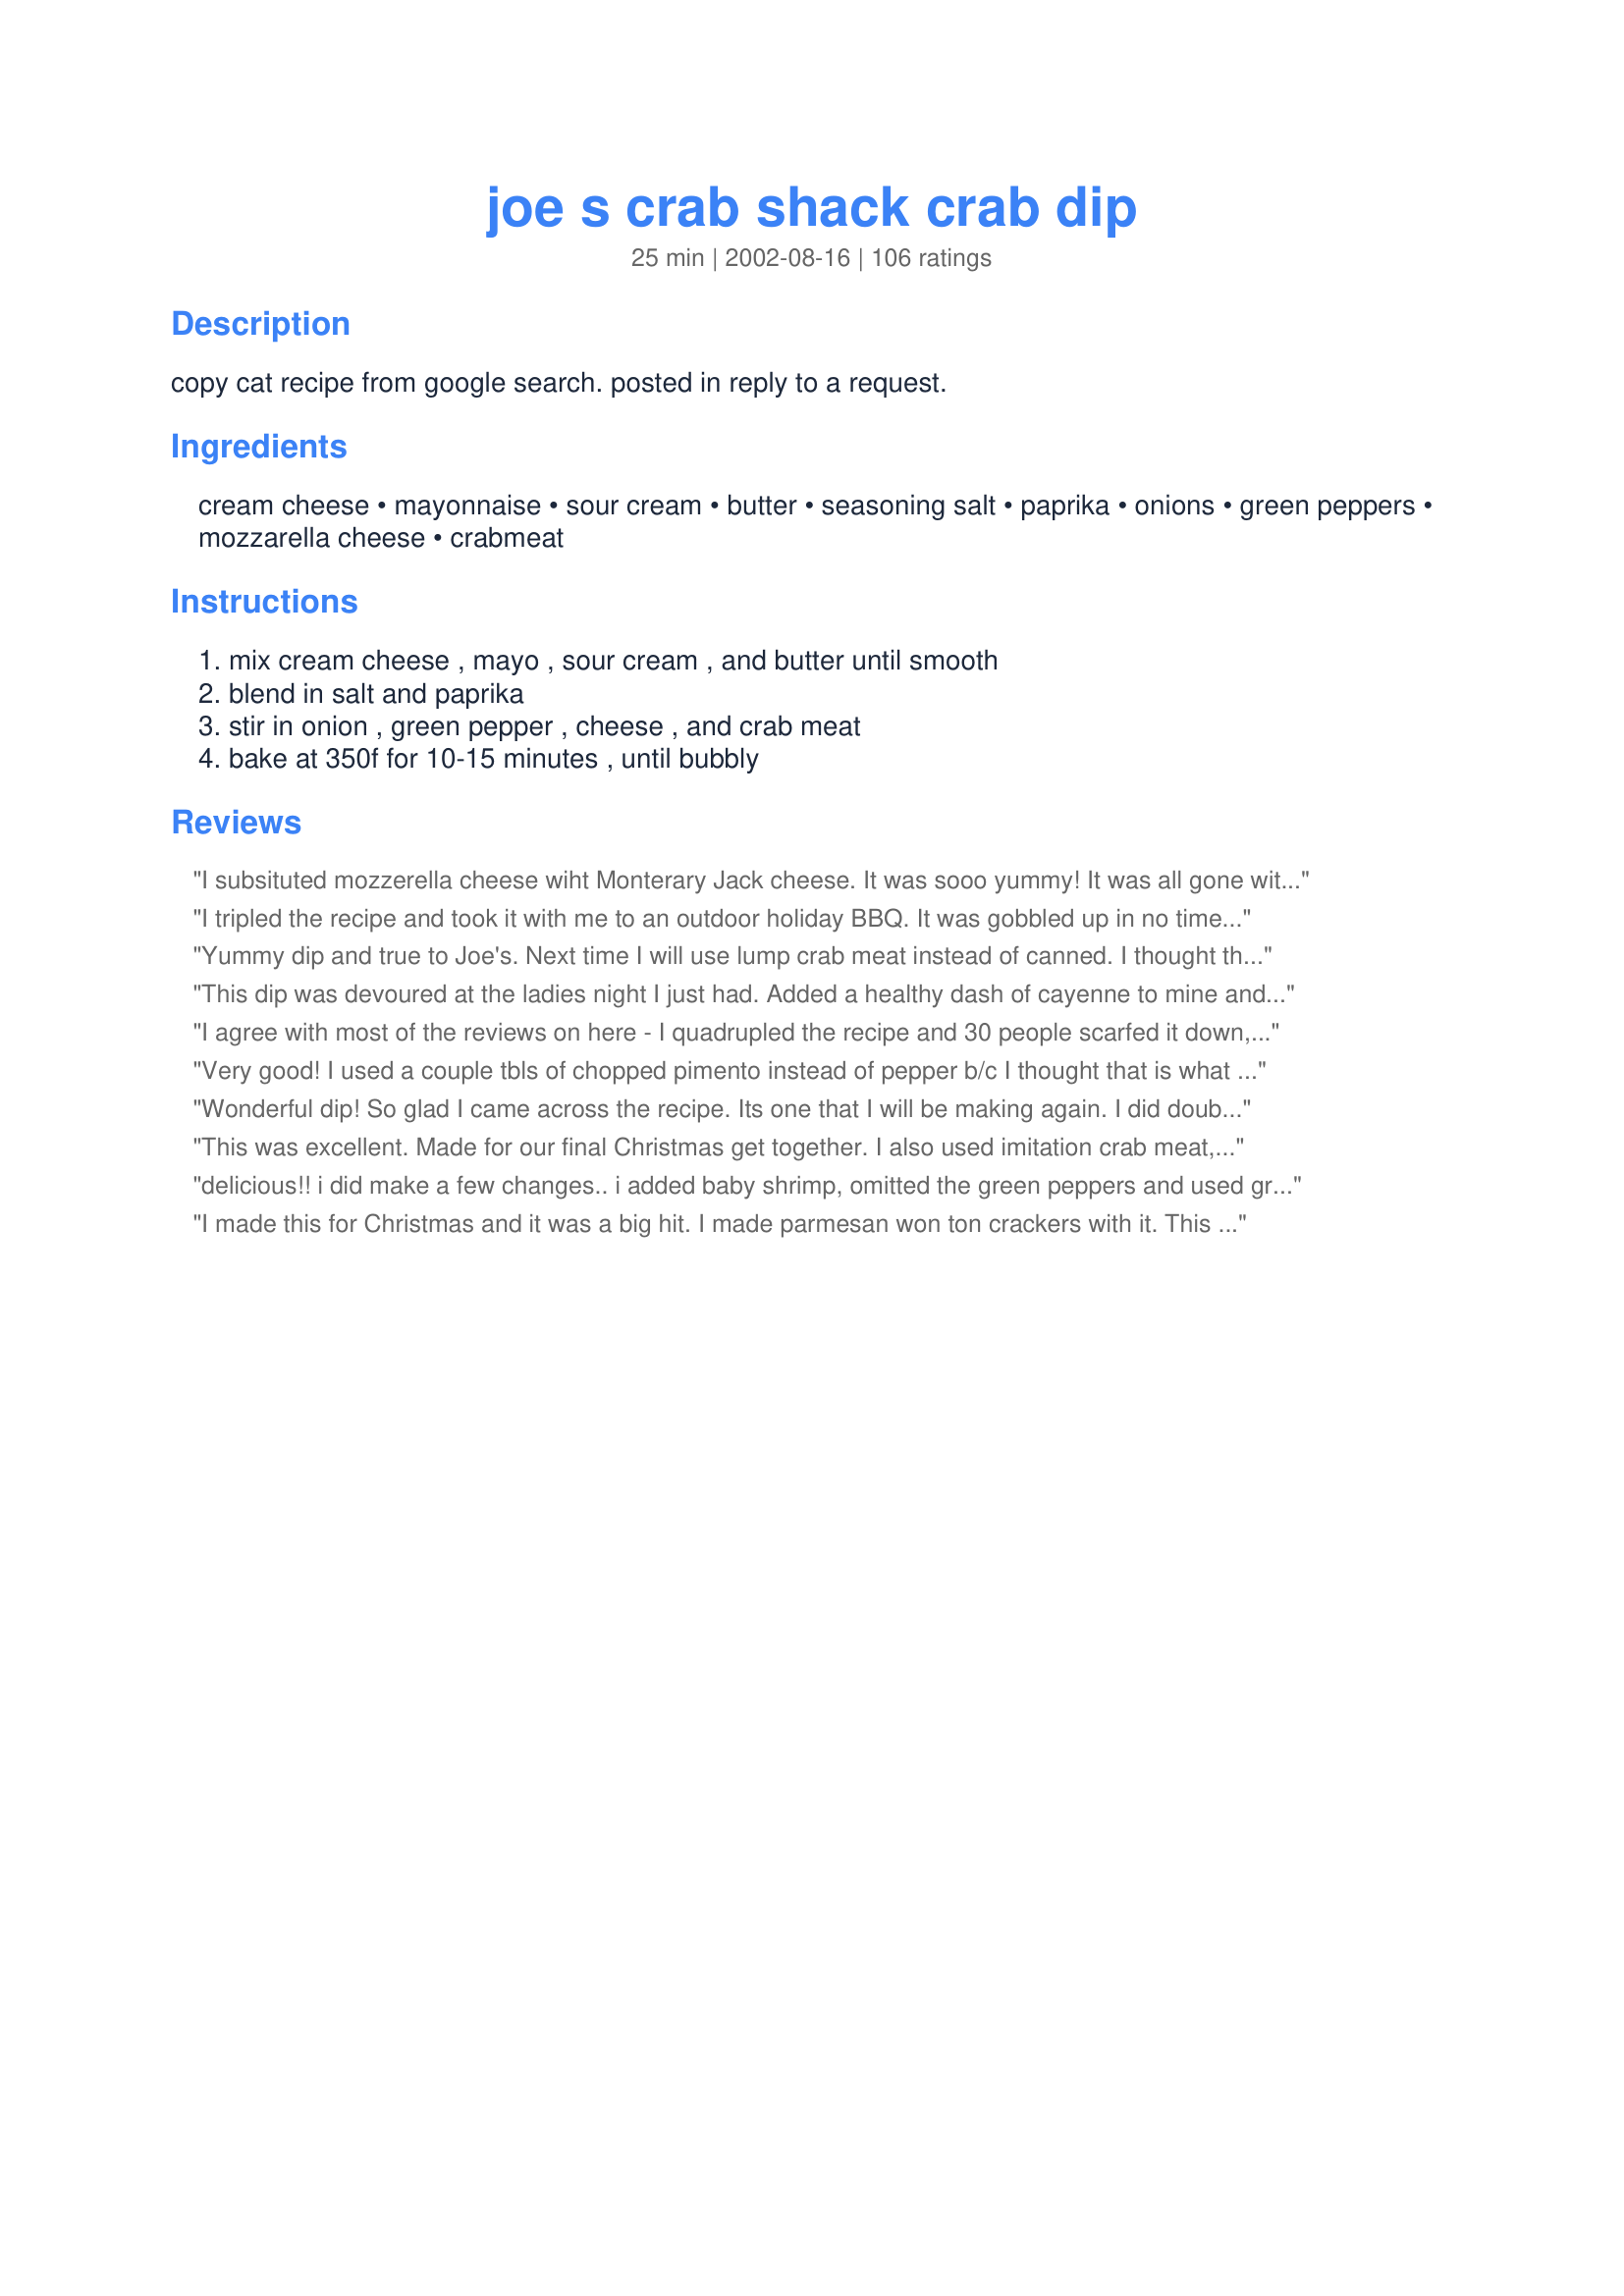
joe s crab shack crab dip
Preparation time: 25 minutes

copy cat recipe from google search. posted in reply to a request.

Ingredients:
cream cheese, mayonnaise, sour cream, butter, seasoning salt, paprika, onions, green peppers, mozzarella cheese, crabmeat

Steps:
mix cream cheese , mayo , sour cream , and butter until smooth, blend in salt and paprika, stir in onion , green pepper , cheese , and crab meat, bake at 350f for 10-15 minutes , until bubbly

Reviews:
I subsituted mozzerella cheese wiht Monterary Jack cheese. It was sooo yummy! It was all gone with in minutes!
I tripled the recipe and took it with me to an outdoor holiday BBQ. It was gobbled up in no time! This truly was the hit of the day. I cannot cook seafood without adding lemon juice. I used about a couple of teaspoons per recipe. The jalapenos instead of green peppers was a nice touch. Will make this again, and often.
Yummy dip and true to Joe's. Next time I will use lump crab meat instead of canned. I thought the canned meat kinda "got lost" in the dip.
This dip was devoured at the ladies night I just had. Added a healthy dash of cayenne to mine and everyone just loved it and used lite (not fat free!!!) cream cheese and sour cream and it turned out wonderfully.
I agree with most of the reviews on here - I quadrupled the recipe and 30 people scarfed it down, practically licking the pie pan. Although - quadrupling the recipe insisted on 60 minutes cooking time. But, was certainly worth it!!
Very good! I used a couple tbls of chopped pimento instead of pepper b/c I thought that is what was in joe's dip. Tasted really good!
Wonderful dip! So glad I came across the recipe. Its one that I will be making again. I did double the recipe cause I had more crabmeat than 6oz. It didn't hurt nothing, it still was really good. Thanks for sharing the recipe!
This was excellent. Made for our final Christmas get together. I also used imitation crab meat, but who could tell. Thanks for a wonderful recipe.
delicious!! i did make a few changes.. i added baby shrimp, omitted the green peppers and used green onions instead of regular ones. was incredible! thanks for the great recipe!
I made this for Christmas and it was a big hit. I made parmesan won ton crackers with it. This is a definite make again treat.
one word yum
this was really easy to make. I made it for christmas and it didn't get eaten very much tho'. I think the flavor was a bit bland for us. I'll try to incr the seasonings next time.
This dip is very good. I used an 8oz container of fresh backfin crab meat and followed the rest of the recipe exactly. Great base recipe! I may toy with it and add either hot sauce, or jalapenos, or worcestershire, or.......but as for an easy and tasty base? This one is it. Thanks for sharing!
This was wonderful! I omitted the seasoned salt and added cayenne pepper and some Cajun spices, YUMMY! Thanks Mean Chef!
I've never been to Joe's Crab Shack, but this dip was very good. I have to admit, I used leftover crumbly crab cakes instead of canned crab and it still tasted great! Thank you for helping me save my ruined crab cakes! I will definitely make this again.
I wanted a little extra zip, so I added 2tsp of old bay seasoning.
This recipe is delicious and easy to make. The baking time was a little difficult to calculate because I had to quadruple the recipe for my large party of guests. 15 minutes was nowhere near ready; a half hour in deep dish crisped the top while the center was undone. Recommend a shallow baker to heat, then transfer for large amounts.
great flavor, I added jalapeno instead too and sprinkled with cayenne pepper. was great, only thing, like tuna you dont just drain it, you must squeeze the juice out, because when it heats up, it's kinda soupy. but what great flavor
Real good I use lobster and crab I also do half chedder makes it creamy . being from maine and a lobsterman it&#039;s easy to bring home dinner
I haven't had Joe's Crab Dip, but this was very good. I doubled the recipe and it still wasn't enough. I, like SuperG, may omit the butter the next time.
Somehow, I've managed to forget to rate this, though I've made it a number of times. I live very close to Joe's Crab Shack, and after a craving hit one night, a friend and I searched for a recipe. We landed on this one and boy was it lucky we did!!! This is a fantastic dip - very, very close to the original, extremely tasty, and super easy to make. Thanks for posting!!!
it may taste okay, but there is very little crab in this, and a whole lot of calories. I could not taste the crab :(
Wow- this recipe is great! It tastes wonderful and my pet crabs gobbled it all up. I threw in slightly less than a half teaspoon of cayenne and and some chopped chives on top of the finished dish for presentation. Will be making this again.
This was delish, and a great dip for anything from veggies to chips to a spread for crackers or bread. I took it down one star only because it was a bit too salty for my taste. Since the crab is naturally salty, I think that next time, I will omit the seasoned salt and add the same measurement of black pepper, which would also spice it up a bit. I also added a few dashes of hot sauce, but I do prefer a bit of a bite in most foods that I eat. This recipe is wonderful when served warm, out of the oven; however, it is also good, when served chilled! Thanks for sharing!
I doubled the recipe for four people and it was inhaled!!!! My neighbor and I started eating it before our husbands got inside and they complained we didn't leave them enough. I did use jalapenos instead of green peppers.
This was delicious! Instead of green pepper, I used two pepperoncini peppers. I also substitute onion with 1 tsp onion powder. Very easy and taste great!
Easy to prepare and good to eat! I used green onion instead of peppers (personal preference) and we liked that it was a warm dip.
Great low carb dip if you use pork rein chips for dipping.
This was really good! I did make it a bit more diet friendly by omitting the butter and using part skim mozzarella. It still tasted like a nice creamy indulgence though. I'm not the hugest fan of green peppers so next time I think I will try another reviewer's suggestion to use jalepeno instead, or perhaps just some hot sauce. Mine did take longer than directed in the oven, but I'm sure it was because all of my ingredients were straight out of the fridge.
this is THE BEST crab dip! served it for christmas eve and everyone ate it all up!
YUM! I don't know if this compares to Joe's CrabShack (never been there) But it was a big hit on New Year's. I did add a dash of horseradish, because I didn't have any green peppers. Very good!
This was really good and quite easy to make. I added a wee bit more paprika and a little pepper. I was planning to garnish it with chives but forgot. Next time! I wasn't going to add the green pepper but I did and it was good. I'll be making this again.
My taste buds are stirring up memories of eating this delicious dip. My girlfriend and I and our company thought this dip was out of this world good! We served them with tortilla chips on the side and everyone dipped till their hearts were content, including me! Thanks. Mike
Seemed bland, maybe missing something.
This made a good base for a dip, but needed something to zip it up a bit. We added garlic powder, pepper flakes, and hot sauce. The taste of the crab still came through.
Great appetizer. I had a few crackers with dip but DH ate almost all of it.
While my DH would probably rate this higher...I didn't care for it. While it was easy and quick, it just isn't what I think of when I think of crab dip.
Pretty darned good!!! My man made for thanksgivin app this year. he used green onions, added some jalapenos, used whipped cream cheese as that is all we had, and didn't use mozz cheeese but used a mix of swiss, mexican, and cheddar. YUMMY!!!
I doubled the recipe, omitted green pepper and added some cayenne pepper as suggested. Served with small round tortilla chips. It disappeared quickly. Everyone demanded the recipe.
This was very addictive and a big hit at a family party. Will definitely make again.
Wow! I really love this dip! I used double the amount of minced onions and peppers. I also used red peppers for taste preference. Homemade tortilla chips rounded off the dip. Thanks for posting!
I've eaten at Joe's Crab Shack before, and I think this recipe is the SAME as theirs. I make this recipe the same, but add a little extra mozzarella because I love cheese. Other than that, this dip is perfect!
I have ate at joes stone crab before but I don't remember ordering this dip...was a big hit at my family sunday dinner.
Very yummy! Instead of seasoning salt, I used 1 tsp. Old Bay Seasoning. We enjoyed this dip a lot!
I made this tonight as an appetizer for my family they devoured it, it was AMAZING!!! Will definately make it again, I made a double batch and the only thing I did different was use cheddar cheese instead of mozzarella but that is only because I forgot to pick up the mozzarella at the store. Next time will use it but either way was very very good. Thanks for sharing.
This recipe got such stellar reviews I was eager to try. And for me it fell short. The flavors were kind of one note I think it needs a little heat. I think I will try it the same way but add some jalapenos, maybe its because I from New Orleans and I like my food Cajun and spicy. But nonetheless and easy tasty recipe.
If you love crab dip, or need an easy but delish appetizer dish, this is it. Nearly foolproof. Tastes great! I like it warm--not too sure what to do with it after it cools.
excellent crab dip! I use green onion, a little cayanne pepper along with lawry's seasoning salt and I make this when ever we have alaskan King crab legs. I just put about 2 cups aside, double your recipe and yum, yum, yum!
The dip was really good- I doubled the recipe for a large crowd. With the leftovers I added some mexican diced tomatoes and a bit of crab boil to add a kick. Awesome!
Good but not good enough to make again. I doubled the recipe which made 4 cups of dip. Out of 4 adults 3 thought it was just OK and the other really liked it. In order to zing it up a bit I added half of a finely diced jalapeno and some old bay as suggested by other reviews, but it still just didn't 'do it' for us.
VERY GOOD!! I doubled the recipe and added some garlic powder (can't do without it) to it. I brought it to a picnic on the 4th. You do not need to grease the pan or bowl, I used a glass pie pan. I will make again. 
Thanks
this dip is amazing! one of my favorites.. only thing i did differently was add another cup of mozzarella cheese.. mmhhhhmm. goooood!!!!
This was excellent. I added a dash of cayenne pepper and served it with Homemade Baked Tortialla Chips (#124908) which were also a big hit. I used imitation crab meat because that was all I had on hand and it was still good. I'm sure it would be even better with real crab meat.
This dip was a huge hit at my "pre-Thanksgiving get-together". Everyone raved about it and I've been asked to make it for my SIL's baby shower. I served it with toasted italian bread pieces brushed with garlic and butter. But, even when we ran out of bread, it tasted just as good on Ritz crackers. YUMMY!!! Thanks for such a great recipe!
Love that previous review by wittlebit83--I couldn&#039;t stop laughing... Well since it was inhaled, I guess I should try this....LOL......
This recipe is good, but if you substitute diced pickled jalapeno peppers for the green peppers it tastes much better, and gives it a little more bite. Also try adding a bit of sriracha to the mix, mmmmm.
Well this was okay but not great. I used really good crab but did not blow me away. I did not use the bell pepper because of personal preference; maybe I should have used some chilies.
Delicious! I substituted jalapeno pepper for bell pepper, also sprinkled cayenne over top before baking. Thanks so much for posting!
This crab dip is amazing. I have made it a few times now and I always double it. It's good as leftovers also. As previously noted, some cayenne pepper is a very nice touch.
This was very good, and went over very well at a recent party we had. I used an 8 oz container of phillips crab meat. I thought the flavor balance between crab and spices was great. I used Old Bay seasoning and added a little extra sour cream and mayo (both low fat) to cover for the extra crab meat. We will definitely add this to our list of party appetizers.
I've never eaten at Joe's Crab Shack, so I can't say if this recipe replicates their crab dip. But I CAN say that this was very tasty!! I love a warm crab dip, and this one was just what I was hungry for. I even had all the ingredients on hand except the green peppers, for which I substituted a much smaller amount of diced jalapeno, which added a slightly hot flavor which I enjoyed. I did have to use imitation crab, as this was all I had. My husband commented that this tasted pretty good cold, too... but I ate mine bubbly warm!
My family could not get enough of this. I will be making this many more times.
Yummy! I doubled this for a dinner party and still should have made more. It was the first thing to go. Great recipe!
Made a half a recipe & had to make in microwave since my oven just stopped working. Came out fantastic. The only change was I used a cajun seasoning instead of the seasoned salt so it added a little heat.
Absolutely delicious! Since real crab is outrageously expensive up here, I used the imitation stuff & Mrs. Dash seasoning instead of salt. I served it with a variety of crackers at my annual pool party/BBQ & it was enjoyed by all my guests. Thanx Papergoddess!
Another rave review!This was a hit at my Christmas party...thank you for sharing!
This was good! I have had better crab dip, but this was good. I will probably make again since it was so easy, but I don't think i would make it to take to any events. Sorry it's just my opinion.
All I can say is I can't be making this too often I kept trying to hide it in the fridge so nobody could find it, I had almost all of it!
I made this around Thanksgiving with the following changes based on other reviews and what I had on-hand: 3 tsp. jalapeno instead of bell pepper, cayenne, chives instead of onion, and 1 tsp. Old Bay Seasoning, and shredded cheese blend. It was yummy!
Took a triple batch of this to a New Years Eve party. They gobbled it up!! I made it according to your instructions except for not having seasoning salt so I substituted Old Bay (which is plenty salty). Also - I spread it in a pie plate so it wasn't very thick but still baked it for about 25 minutes because it was a larger batch. This was extremely good and we'll be making it again! Thanks for sharing.
I made this for DH and myself this afternoon and it's a winner!
I just made this for my company;s potluck party. Everybody loved and raved about this. I substituted old bay for seasoning salt and green bell peppers. I also doubled the recipe and increased the baking time to 20-25 minutes. Thanks for this great recipe.
Sorry for the delay in review, made this New Year's eve 2003!! It is wonderful! Used finely chopped green onions, omitted green peppers and added dash of hot sauce. This is definitely an addition to my appetizer recipes! Thank you!
I too substituted cayenne pepper for the paprika and added not only finely chopped onions, but chopped green onions. The only thing wrong with this recipe is there isn't enough, I would suggest doubling it.
I loved this, we all did, but I'm the one who kept gravitating to the dish. It was easy to prepare and I loved the flavor of it. Thank you so much for posting this, I will make this often for parties and such.
This was delicious! I made it for the annual Christmas Eve gathering with my in-laws. My husband couldn't stay away from it!
I made this for a sunday afternoon block barbeque, everyone raved about it! I did add a couple dashes of cayanne pepper and some minced jalapeno for some extra kick.
Really good and easy appetizer. I replaced the green pepper with red and yellow pepper (I don't like the green pepper) but added a substantial amount of cayenne pepper for some heat. I also used smoked paprika because its what I had and it really added a delicious smokey flavor. Definitely try it out!
We made this with Bumble Bee Brand Canned crab meat and L-O-V-E-D it.
It was a great appetizer for our Christmas table and we followed the recipe to the letter ... Thanks !
Yum Yum Yum...this was great! I left out the green pepper because I forgot to buy one, and it was still wonderful! Thanks for a great copycat recipe!
excellent!!! I am making this for the third time this week!!! It's amazing!
I must admit I did a number on this recipe and it was still fantastic! I had most of the ingredients but not all. I used dried onions in place of fresh minced. I use frozen peppers, Velveeta instead of mozzarella (leftover from making They Could Be Sliders)and I used imitation crab. Then, I heated it all in the only thing available to me at the time, the microwave! It was delicious all the same. I look forward to finishing that which we just made and even more I look foreword to trying it again with all the right ingredients. Thanks for this recipe!
This is a great recipe! I used green onions. A real keeper!
Made as part of the goodies served for a card party. &quot;Now I saw it. - Then it was gone&quot;! It was enjoyed by all. Even had to make copies of the recipe. I did make it with 2 cans of crab meat. Otherwise I followed the recipe. It was the best Crab Dip I have tried. Thank you for a keeper.
Mean Chef did it again!! I'm not a seafood lover but even I liked it. Will be making for the Daytona race and probably a lot more.
Made this for a dinner with friends, and while it was good, my husband and friends enjoyed it more.. I had to make 2 helpings and i was gone in no time! So easy and a quick idea for bbq's! might try jalapenos for an extra kick next time!
Thanks for sharing, we put crab pots out yesterday and have tons of crab ~ this is very good!!!
I found this a little bland. I added some chili sauce and worstershire sauce and it perked it up.
OMG! This recipe is also posted by Meanchef (recipe # 37445) All I can say is unbelievable! I didn't have peppers and left out the salt (not a salt person) Ate all by myself! OK! This is a keeper forever! Thanks for posting!
Absolutely delicious! I made this for a girls night get-together and the 6 of us wiped this out in no time. AND I had doubled the recipe!
this was a hit at our house the kids and my husdand love it thanks for sharing
I have never eaten at Joe's but I have to say this dip is AMAZING!! Thank you~
It came out wonderful and was really easy to make! Ed
Wow! This turned out just as I had hoped. Creamy, cheezy and full of good crab flavor. I substituted old bay seasoning for the seasoned salt, and green onions for the green peppers. It was a huge hit! my DH raved about it and can't wait for me to make it again. Thanks for the great recipe!
I don't really cook dinner on Fridays. Kids have their pizza night, and I usually make some kind of snack. Since my husband works nights, I decided to try something he would never eat. He is not much into seafood. But I love the stuff! So I decided to try this dip. In my opinion, it doesn't taste much like Joe's Crab Shack's dip, however, I think it tastes better! It's easy to make and tastes delicious on any of your favorite crackers. John (10) and Andrea (9) helped me eat it, and they loved it too!
I have to say, out of 6 of us, only my youngest and I eat any seafood. when I make crab, I make alot...on purpose! I spend a good hour after dinner cleaning crab legs to save the meat. I have made this a good dozen times and it is tremendous. The only changes I made were cheddar for mozzerella and a couple dashes of hot sauce....just a personal preference. It also freezes well, put in individual baggies shaped like the dip bowl all I do is take it out and cook it. Thanks for this recipe!
Fantastic! Omitted the butter, saw no need for the extra fat. Used only two teaspoons of minced onions but added another two teaspoons of minced green onions. Left in my mini crockpot until ready to serve. Will definitely make again.
I made this dip for a thanksgiving app and everyone loved it. My brother in law ate so much of it he was full come dinner! I tripled the recipe so there was enough for everyone. I am making it again tonight for a christmas get together. This will be my new dish to take to parties. Thanks!
This dip is delicious! I have fixed it twice for my husband and me and both times it was gone in very little time! The second time I used green onions and about 3 tsp. of jalapeno instead of the grn pepper and it really enhanced the flavor. Thanks for sharing this recipe!
I threw this together for an impromptu get-together. Everyone really enjoyed it, and the bowl emptied in minutes. While preparing this, I realized that I didn't have a green pepper on hand. I omitted it from the recipe, but added a dash (or two) of cayenne pepper to the mix. I also used green onion (and a little more than the 4 tsps) instead of regular diced onion. I was distracted and left it in the oven a bit longer, but it didn't affect the taste or texture. Great dip to be added to my regular rotation of quick appetizers and snacks.
Excellent! Went out and bought King Crab used a small leg for the dip. If you are a sea food fan this is a must.
While this dip was tasty, I'd have to say it wasn't anything like the dip I've had at Joe's. It seems to missing something..dontcha hate that?! Thanks for posting, I think I'll keep looking!
Made this for a cookout tonight, but had to triple the recipe. I omitted the green peppers and added some Texas Pete hot sauce. It turned out excellent! Thanks for sharing!
A good friend of mine found this and made me try it. It was delish. I too have never been to Joes Crab shack. The closest one is about an hour away. After trying this I will definately have to stop by there the next time we go thru.Thanks for sharing this great find. I am planning on making this very soon.
I didn't care for this one...my husband loved it though. :-)
very yummy! I've made it twice, the second time I added one garlic clove and more seasoning salt (old bay) for an extra kick!
